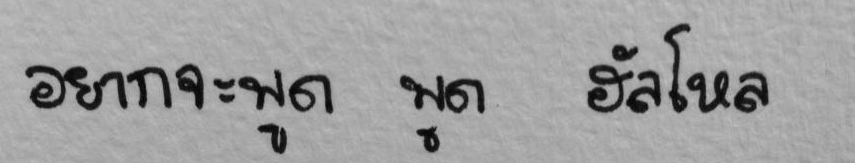
อยากจะพูด พูด ฮัลโหล